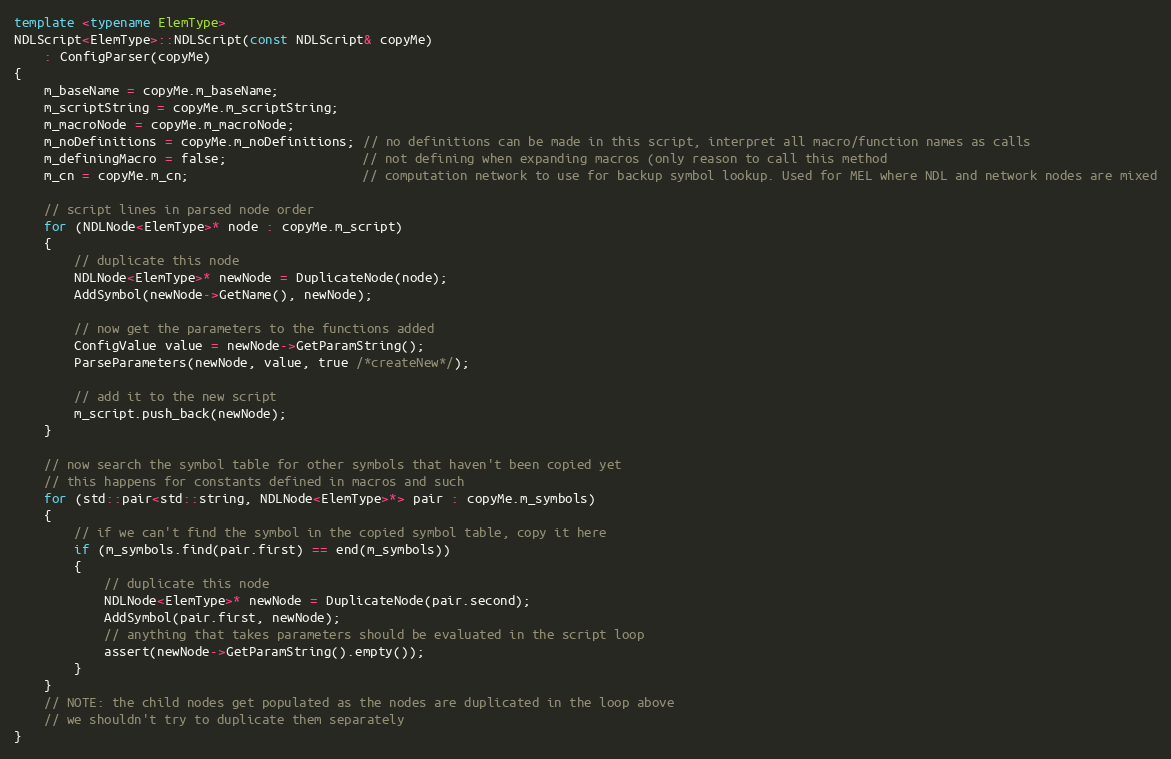
Language: C++
template <typename ElemType>
NDLScript<ElemType>::NDLScript(const NDLScript& copyMe)
    : ConfigParser(copyMe)
{
    m_baseName = copyMe.m_baseName;
    m_scriptString = copyMe.m_scriptString;
    m_macroNode = copyMe.m_macroNode;
    m_noDefinitions = copyMe.m_noDefinitions; // no definitions can be made in this script, interpret all macro/function names as calls
    m_definingMacro = false;                  // not defining when expanding macros (only reason to call this method
    m_cn = copyMe.m_cn;                       // computation network to use for backup symbol lookup. Used for MEL where NDL and network nodes are mixed

    // script lines in parsed node order
    for (NDLNode<ElemType>* node : copyMe.m_script)
    {
        // duplicate this node
        NDLNode<ElemType>* newNode = DuplicateNode(node);
        AddSymbol(newNode->GetName(), newNode);

        // now get the parameters to the functions added
        ConfigValue value = newNode->GetParamString();
        ParseParameters(newNode, value, true /*createNew*/);

        // add it to the new script
        m_script.push_back(newNode);
    }

    // now search the symbol table for other symbols that haven't been copied yet
    // this happens for constants defined in macros and such
    for (std::pair<std::string, NDLNode<ElemType>*> pair : copyMe.m_symbols)
    {
        // if we can't find the symbol in the copied symbol table, copy it here
        if (m_symbols.find(pair.first) == end(m_symbols))
        {
            // duplicate this node
            NDLNode<ElemType>* newNode = DuplicateNode(pair.second);
            AddSymbol(pair.first, newNode);
            // anything that takes parameters should be evaluated in the script loop
            assert(newNode->GetParamString().empty());
        }
    }
    // NOTE: the child nodes get populated as the nodes are duplicated in the loop above
    // we shouldn't try to duplicate them separately
}